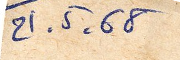
21.5.68